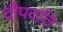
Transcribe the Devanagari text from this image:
दीपवति